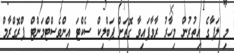
މި ލަފާގެ އިތުރުން މިހާރު ރާވާފައިވާ ގޮތަށް ޕަބްލިކް ސެކްޓަ އިންވެސްޓްމަންޓް ޕްރޮގްރާމް